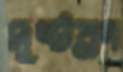
দুষ্টব্রণ